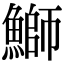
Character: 鰤